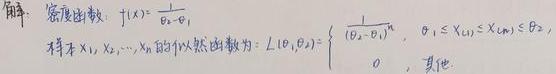
解：密度函数：$f(x)=\frac{1}{\theta_2 - \theta_1}$，
样本$X_1, X_2, \cdots, X_n$的似然函数为：$L(\theta_1, \theta_2)=\begin{cases}\frac{1}{(\theta_2 - \theta_1)^n}, & \theta_1 \leq X_{(1)} \leq X_{(n)} \leq \theta_2 \\ 0, & \text{其他}\end{cases}$